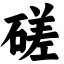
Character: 磋